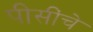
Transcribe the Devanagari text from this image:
पीसींचे